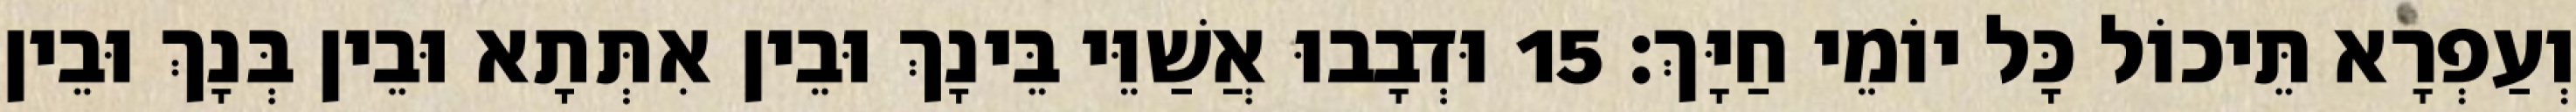
וְעַפְרָא תֵּיכוֹל כָּל יוֹמֵי חַיָּךְ׃ 15 וּדְבָבוּ אֲשַׁוֵּי בֵּינָךְ וּבֵין אִתְּתָא וּבֵין בְּנָךְ וּבֵין